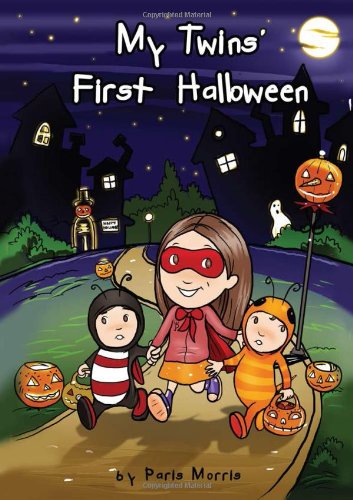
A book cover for My Twins' First Halloween; Paris Morris; Parenting & Relationships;